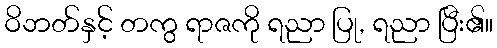
ဝိဘတ်နှင့် တကွ ရာဇကို ရညာ ပြု, ရညာ ပြီး၏။